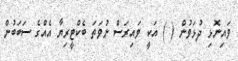
ވައިނޮޅި ދުޅަވުން ( ) އަކީ ވައިރަސް ނުވަތަ ބެކްޓީރިޔާ އެއްގެ ސަބަބުން